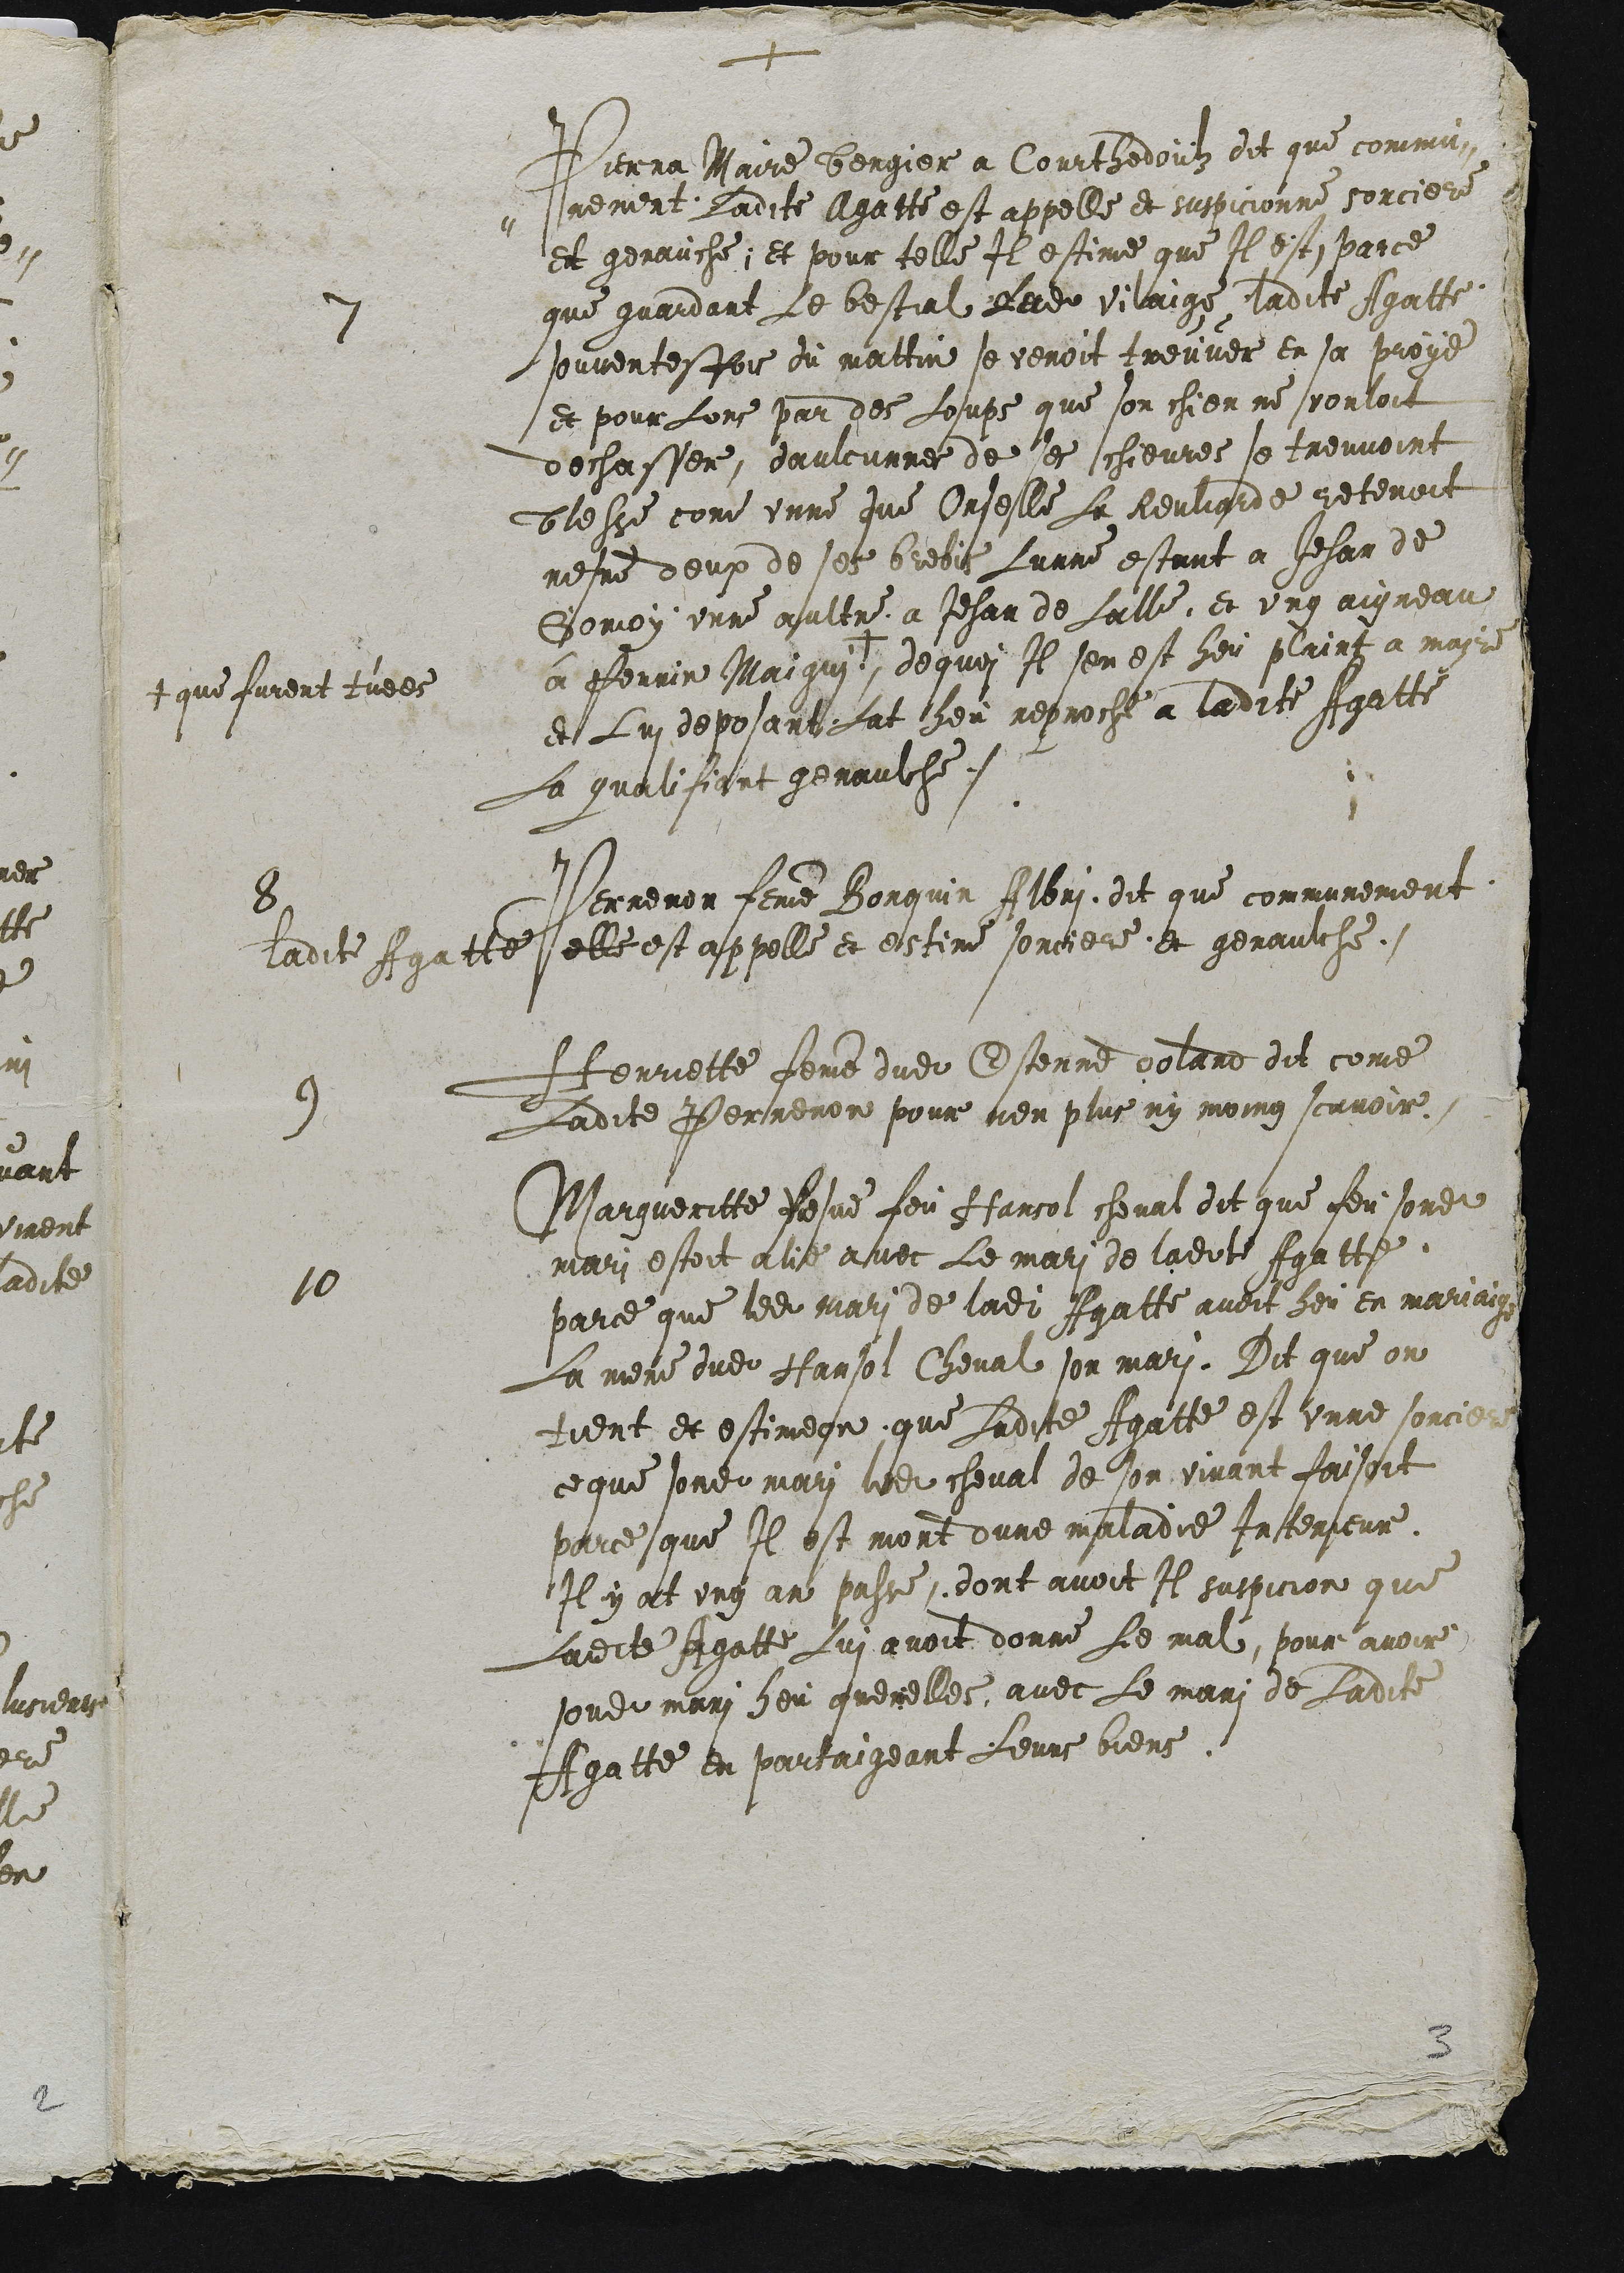
+

7 Pierra Maire bergier a Courhedoulz dit que commu-
-nement Ladite Agatte est appelle et suspicionne sorciere
et genauche; et pour telle Il estime que Il est, parce
que guardant Le bestial dudit vilaige  ladite Agatte
souventesfois du mattin se venoit treuver en sa proye
et pour Lors par des Loups que son chien ne vouloit
dechasser, daulcunnes de ses chievres se treuvoint
blesse come unne que Orselle La Reuliarde retenoit
mesme deux de ses brebis Lenne estant a Jehan de
Gomoy unne aultre a Jehan de Lalle, et ung aigneau
à Perrin Maigni +
+ que furent tuees
dequoi Il sen est heut plaint a maire
et Lui deposant Lat heu reproche a ladite Agatte
La qualifiant genaulche.
8 Perrenon femme Borquin Albri dit que communement
ladite Agatte elle est appelle et estime sorciere et genaulche.
9 Henriette femme dudit Estenne doland dit come
Ladite Perrenon pour non plus ny moing scavoir.
10 Margueritte vesve feu Hansol cheval dit que feu sondit
mari estoit alie avec Le mari de ladite Agatte,
parce que ledit mari de ladite Agatte avoit heu en mariaige
La mere dudit Hansol Cheval son mari. Dit que on
tient et estimeoir que Ladite Agatte est unne sorciere
ce que sondit mari ledit cheval de son vivant faisoit
parce que Il est mort dune maladie Interieure
Il y at ung an passe, dont avoit Il suspicion que
Ladite Agatte Lui avoit donne Le mal, pour avoir
sondit mari heu querelles avec Le mari de Ladite
Agatte en partaigeant Leurs biens.

3